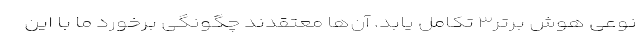
نوعی هوش برتر۳ تکامل یابد. آن‌ها معتقدند چگونگی برخورد ما با این